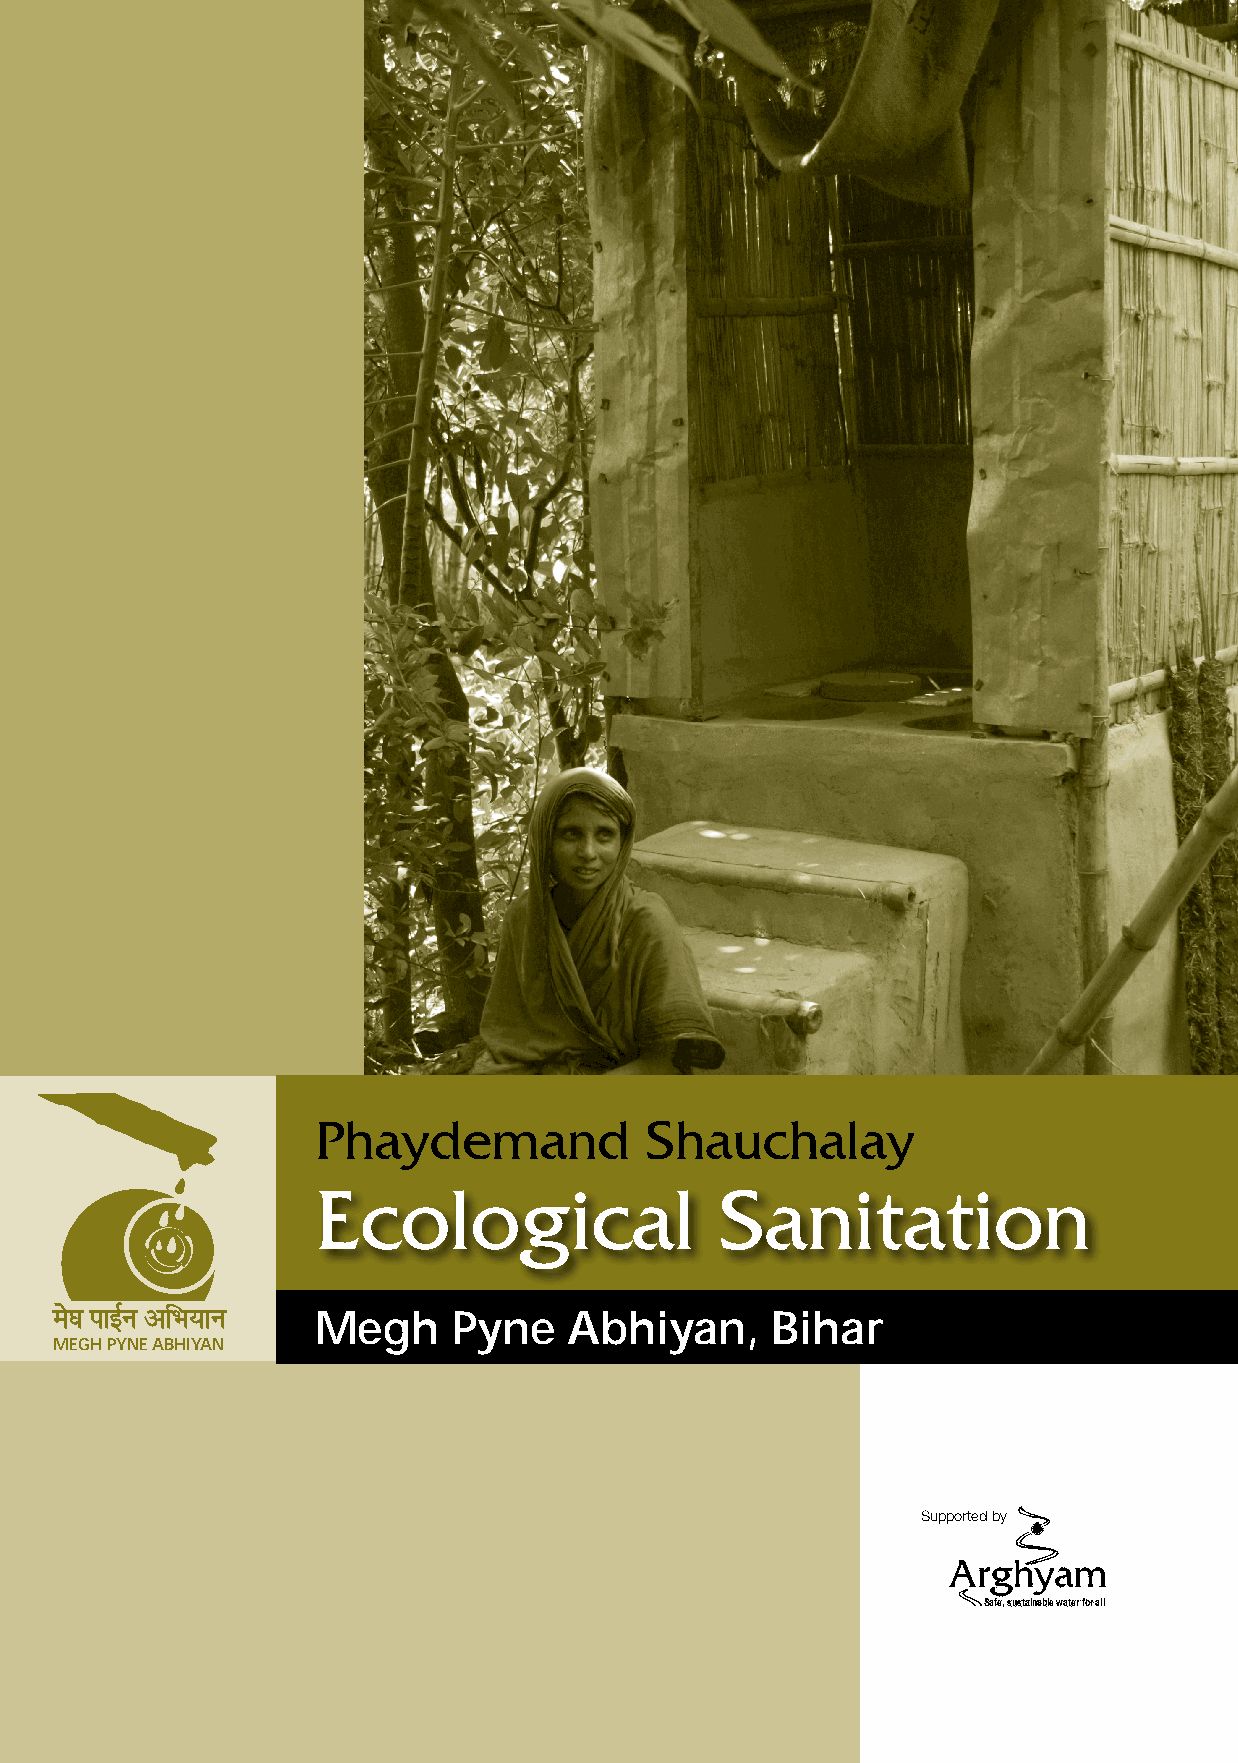
Phaydemand            Shauchalay
 Ecological                 Sanitation
 Megh     Pyne    Abhiyan,     Bihar
 MEGH PYNE ABHIYAN
 Supplogrte;d® bXyk
 v/;Ze
 Safe, sustainable water for all